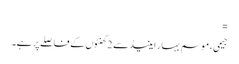
=
جیمی ، موسم بہار اینیڈ سے 2 گھنٹوں کے فاصلے پر ہے۔